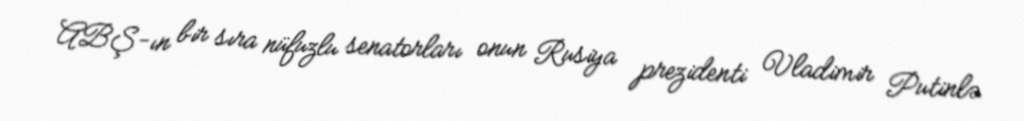
ABŞ-ın bir sıra nüfuzlu senatorları onun Rusiya prezidenti Vladimir Putinlə